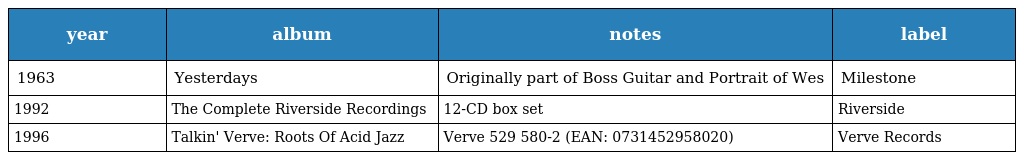
| year | album | notes | label |
 | --- | --- | --- | --- |
 | 1963 | Yesterdays | Originally part of Boss Guitar and Portrait of Wes | Milestone |
 | 1992 | The Complete Riverside Recordings | 12-CD box set | Riverside |
 | 1996 | Talkin' Verve: Roots Of Acid Jazz | Verve 529 580-2 (EAN: 0731452958020) | Verve Records |